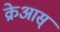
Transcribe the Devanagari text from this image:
क्रेआस्